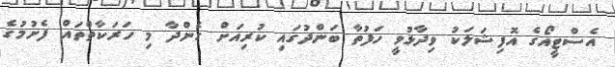
އެސްޓީއޯގެ އޮފިޝަލަކު ވިދާޅުވީ ހަފުތާ ބަންދުގައި ކުރިއަށް ގެންދާ މި ހަރަކާތްތައް ފެށުމުގެ